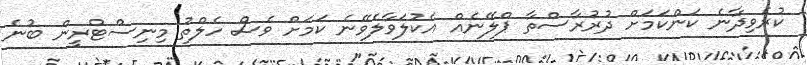
ކުރެވިދާނެ ކަންކަމަށް ދުރުރާސްތާ ޕްލޭނެއް އެކުލަވާލެވޭނެ ކަމަށް ވެސް ހެލްތު މިނިސްޓްރީން ބުނެ